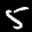
Label: 5